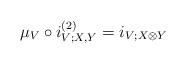
LaTeX: \begin{align*} \mu_V \circ i^{(2)}_{V; X, Y} = i_{V; X \otimes Y}\end{align*}